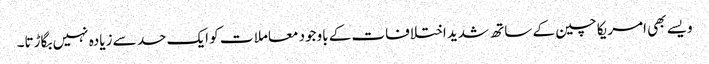
ویسے بھی امریکا چین کے ساتھ شدید اختلافات کے باوجود معاملا ت کو ایک حد سے زیادہ نہیں بگاڑتا۔